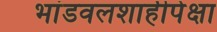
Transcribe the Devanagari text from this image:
भांडवलशाहीपेक्षा